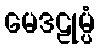
မေဒဠုမ္ပံ